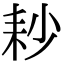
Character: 耖